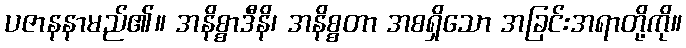
ပဇာနနာမည်၏။ အနိစ္စာဒီနိ၊ အနိစ္စတာ အစရှိသော အခြင်းအရာတို့ကို။